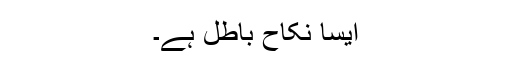
ایسا نکاح باطل ہے۔